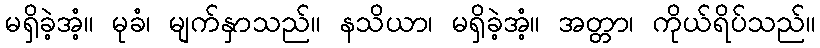
မရှိခဲ့အံ့။ မုခံ၊ မျက်နှာသည်။ နသိယာ၊ မရှိခဲ့အံ့။ အတ္တာ၊ ကိုယ်ရိပ်သည်။